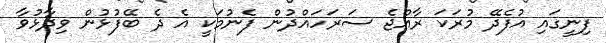
ފިނީގައި އުފެދޭ މުރަކަ ރާއްޖެ ސަރަހައްދުން ފެނުމަކީ އެ ދެ ބޭފުޅުން ވިދާޅުވާ